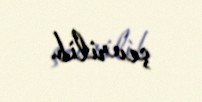
çevrilib.